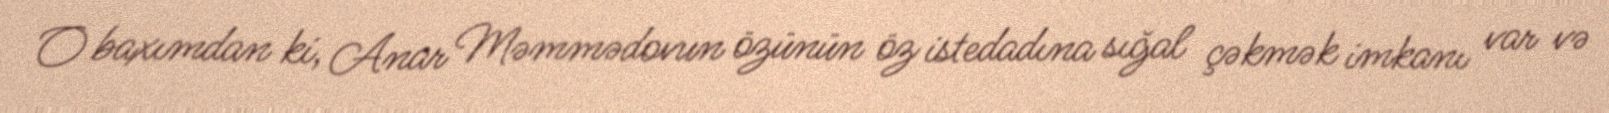
O baxımdan ki, Anar Məmmədovun özünün öz istedadına sığal çəkmək imkanı var və